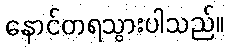
နောင်တရသွားပါသည်။